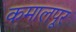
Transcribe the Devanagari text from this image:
कमालपूर